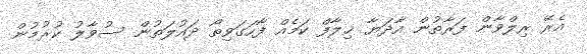
އެރޭ ރިލްވާން ފަރާތުން އާދަޔާ ޚިލާފް ކަމެއް ފާހަގަވިތޯ ދައުލަތުން ސުވާލު ކުރުމުން